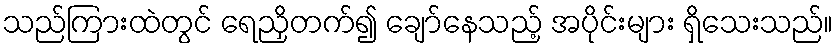
သည်ကြားထဲတွင် ရေညှိတက်၍ ချော်နေသည့် အပိုင်းများ ရှိသေးသည်။